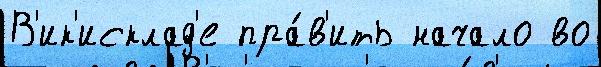
В'ик'исклад'е пра́в'ить начало во